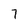
Character: 7